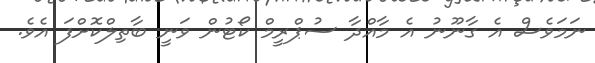
ނަމަވެސް އެ ގާނޫނު އެ މާއްދާ ސުޕްރީމް ކޯޓުން ވަނީ ބާތިލްކޮށްފަ އެވެ.